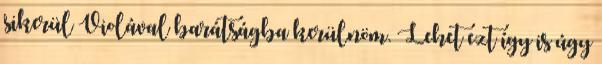
sikerül Violával barátságba kerülnöm. Lehet ezt így is úgy